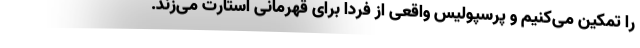
را تمکین می‌کنیم و پرسپولیس واقعی از فردا برای قهرمانی استارت می‌زند.